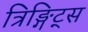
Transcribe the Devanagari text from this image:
त्रिङ्गिट्स